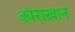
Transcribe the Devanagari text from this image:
काराख़ान